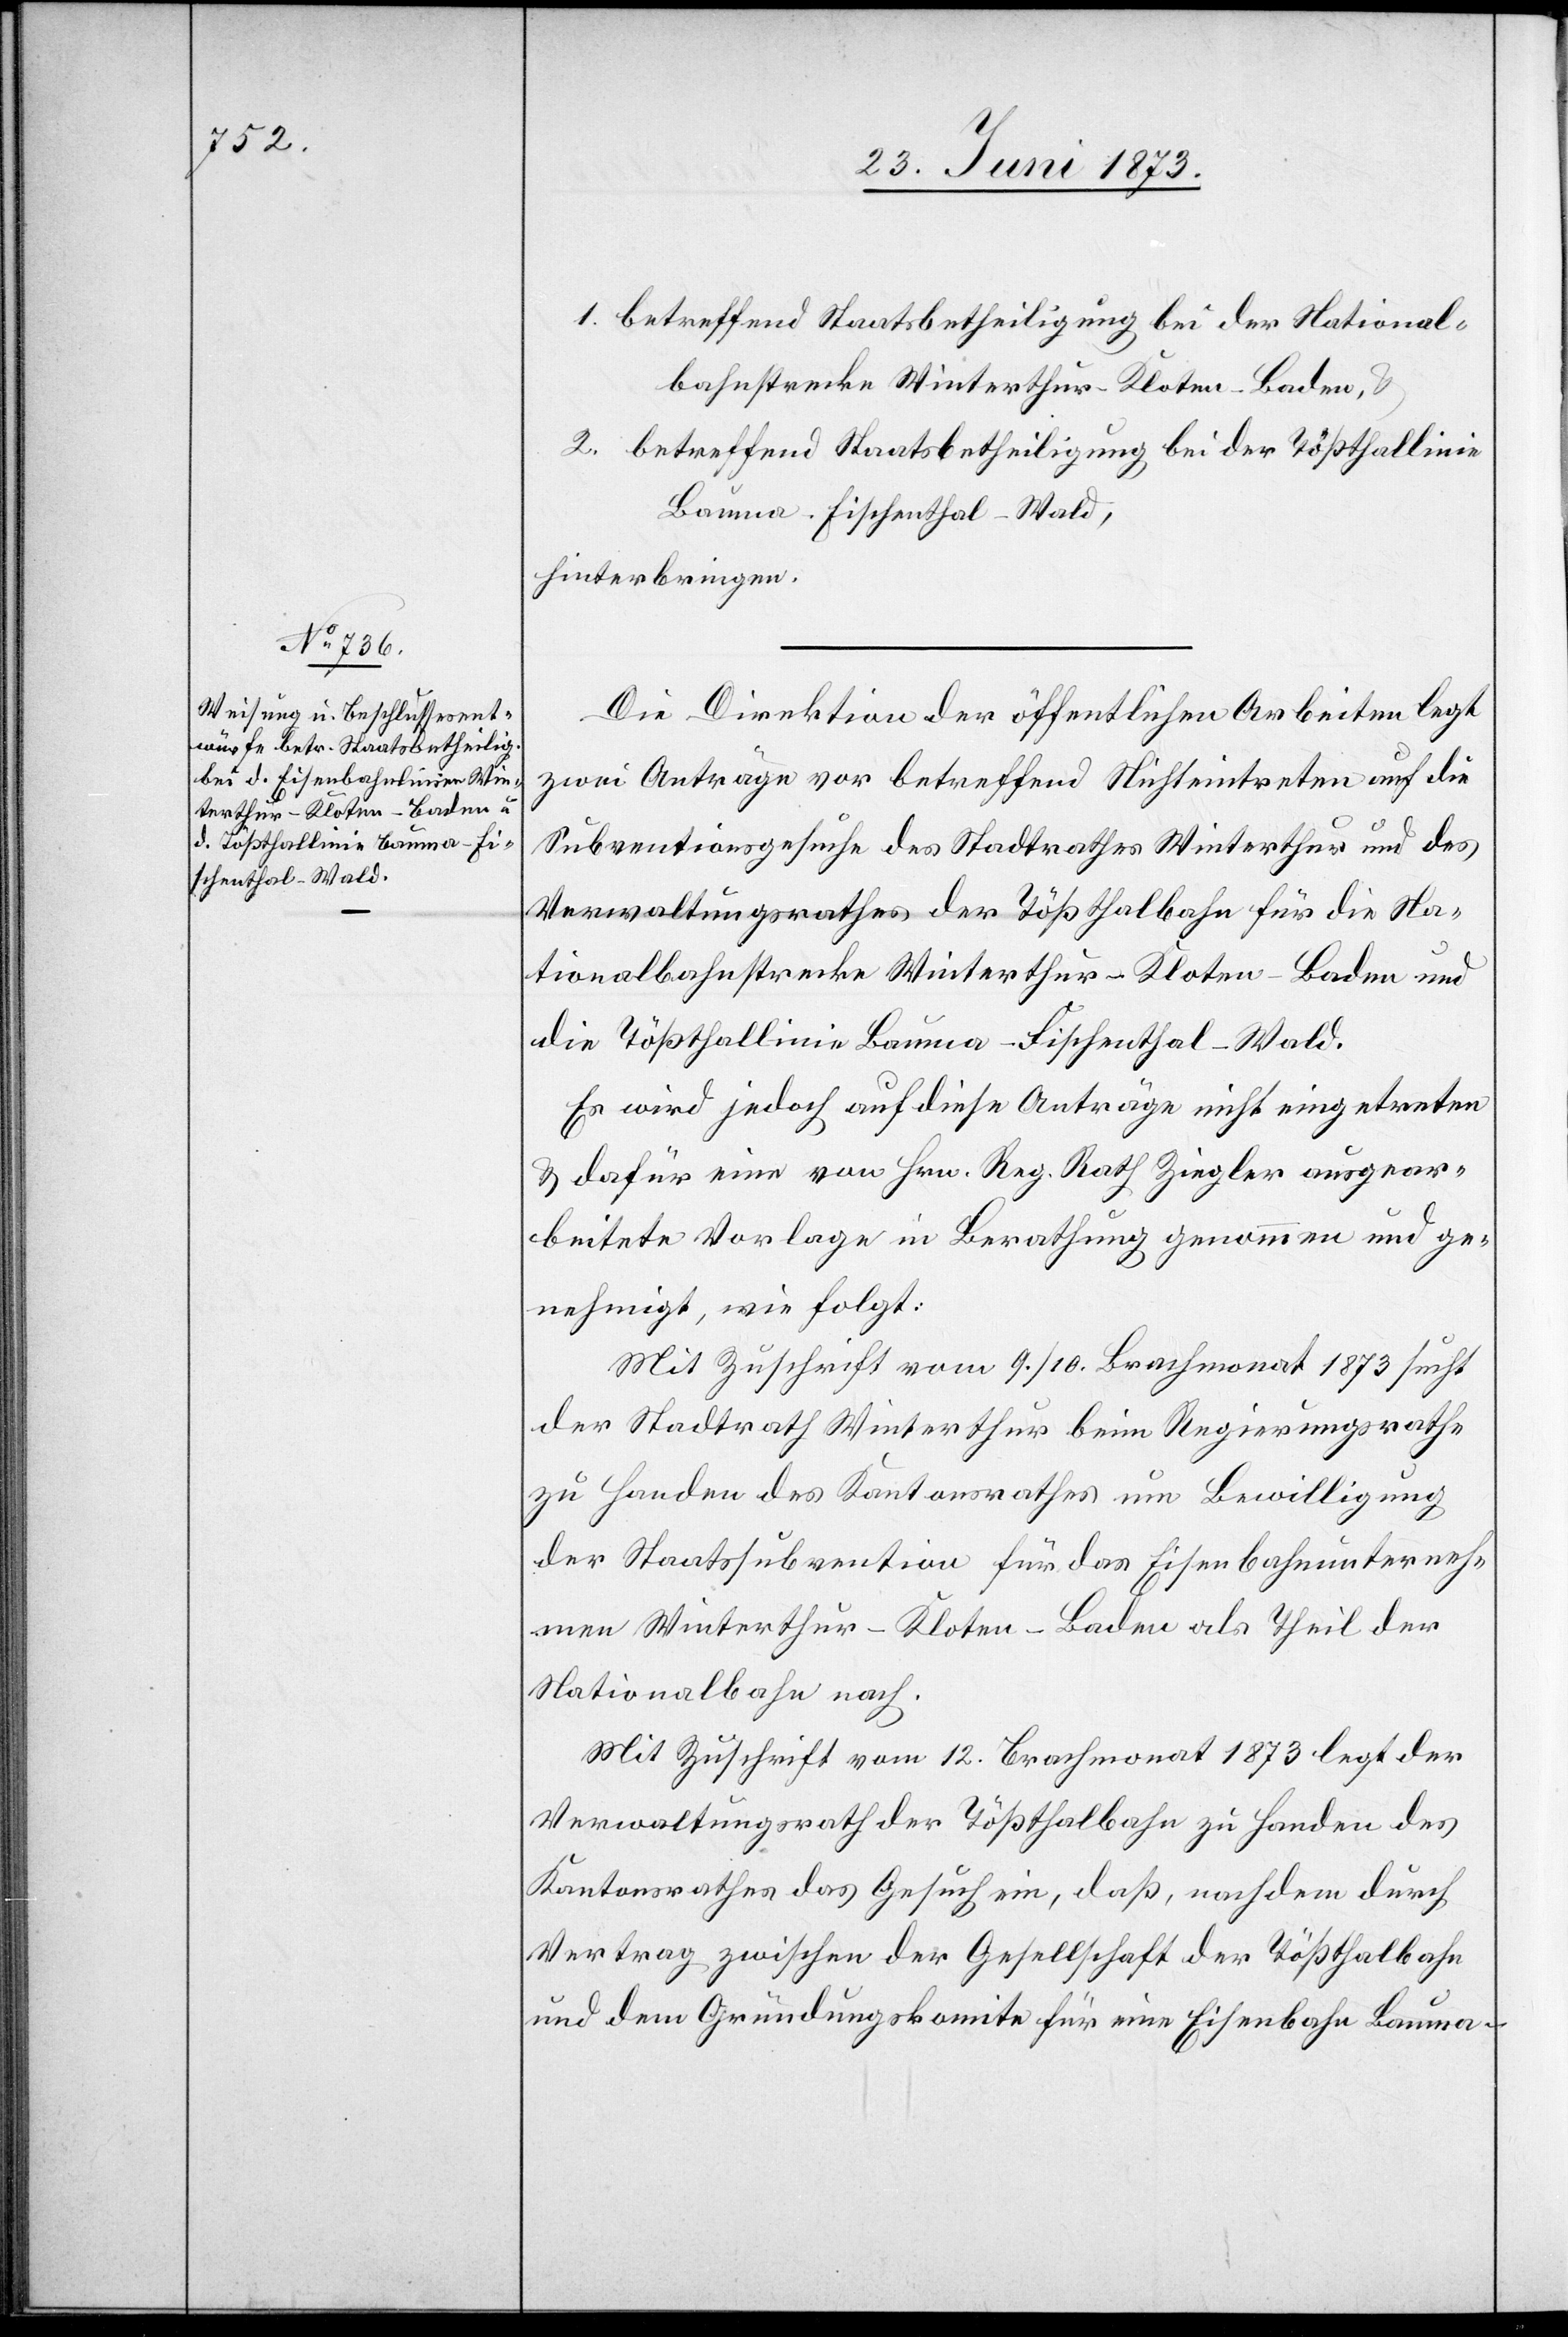
1. betreffend Staatsbetheiligung bei der National¬
bahnstrecke Winterthur–Kloten–Baden, &
2. betreffend Staatsbetheiligung bei der Tößthallinie
Bauma–Fischenthal–Wald,
hinterbringen.
Die Direktion der öffentlichen Arbeiten legt
zwei Anträge vor betreffend Nichteintreten auf die
Subventionsgesuche des Stadtrathes Winterthur und des
Verwaltungsrathes der Tößthalbahn für die Na¬
tionalbahnstrecke Winterthur–Kloten–Baden und
die Tößthallinie Bauma–Fischenthal–Wald.
Es wird jedoch auf diese Anträge nicht eingetreten
& dafür eine von Hrn. Reg. Rath Ziegler ausgear¬
beitete Vorlage in Berathung genommen und ge¬
nehmigt, wie folgt:
Mit Zuschrift vom 9./10. Brachmonat 1873 sucht
der Stadtrath Winterthur beim Regierungsrathe
zu Handen des Kantonsrathes um Bewilligung
der Staatssubvention für das Eisenbahnunterneh¬
men Winterthur–Kloten–Baden als Theil der
Nationalbahn nach.
Mit Zuschrift vom 12. Brachmonat 1873 legt der
Verwaltungsrath der Tößthalbahn zu Handen des
Kantonsrathes das Gesuch ein, daß, nachdem durch
Vertrag zwischen der Gesellschaft der Tößthalbahn
und dem Gründungskomite für eine Eisenbahn Bauma–